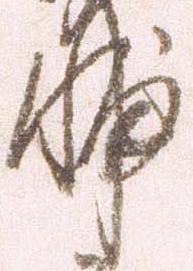
輔